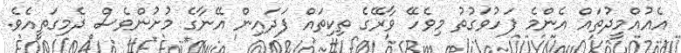
އެއުއްމީދުތައް އެންމެ ފަހުވަގުތު މިވެހޭ ވާރޭގެ ތިކިތައް ފަދައިން އޭނާގެ މުށުންވެސް ދެމިގަތީއެވެ.